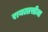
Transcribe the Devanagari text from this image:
रायलासीमा